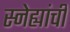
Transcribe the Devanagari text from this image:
स्नेह्यांची